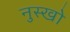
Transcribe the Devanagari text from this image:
नुस्खो